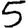
Digit: 5